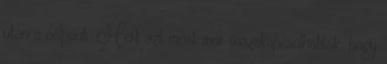
után a célpont: Mert azt most már összekapcsolhatták, hogy